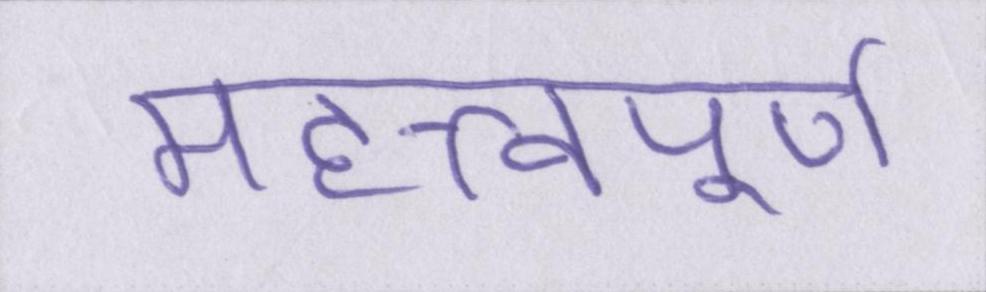
महत्त्वपूर्ण